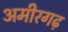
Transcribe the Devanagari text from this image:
अमीरगढ़